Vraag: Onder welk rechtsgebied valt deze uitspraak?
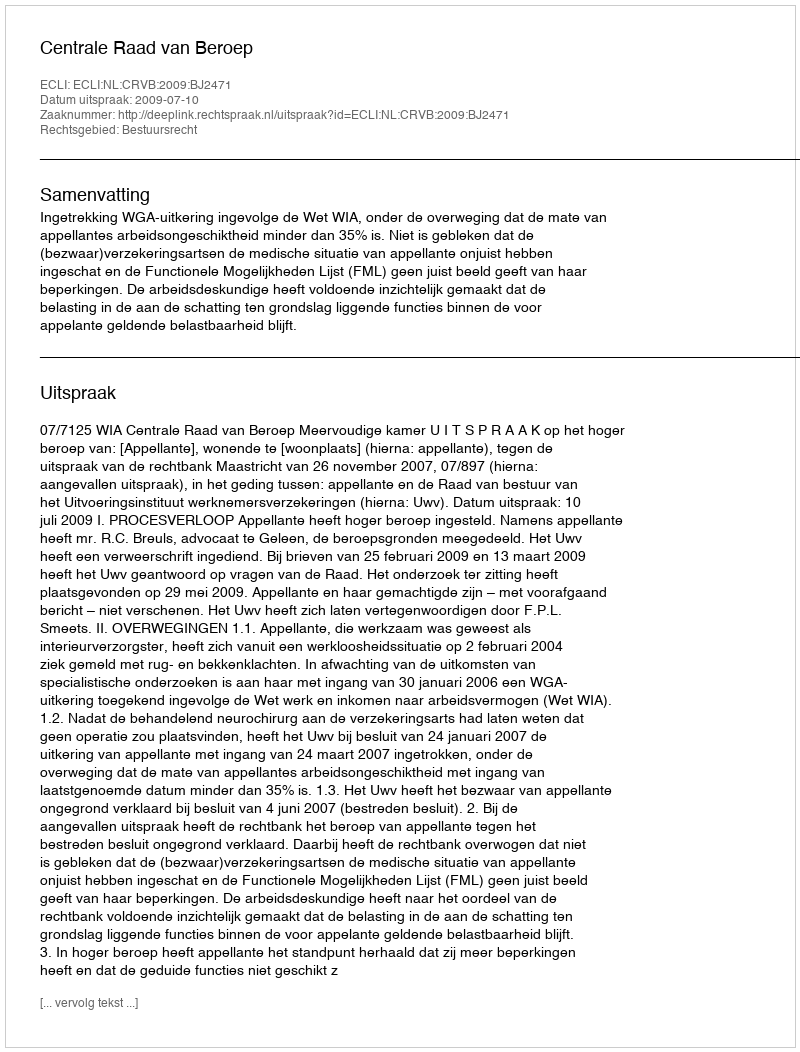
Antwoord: Bestuursrecht